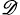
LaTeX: _{\mathscr{D}}